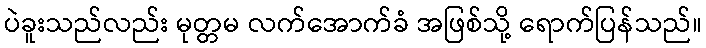
ပဲခူးသည်လည်း မုတ္တမ လက်အောက်ခံ အဖြစ်သို့ ရောက်ပြန်သည်။